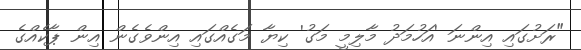
"ރަށުގައި އިންނަ 'އަހުމަދު މާލިމީ މަގު' ކިޔާ މަގެއްގައި އިންވެގެން އިން ޕާކެއްގެ